65_HS1-834228961_62-HQ-83894_Section_3
Agency: FBI
Page 169
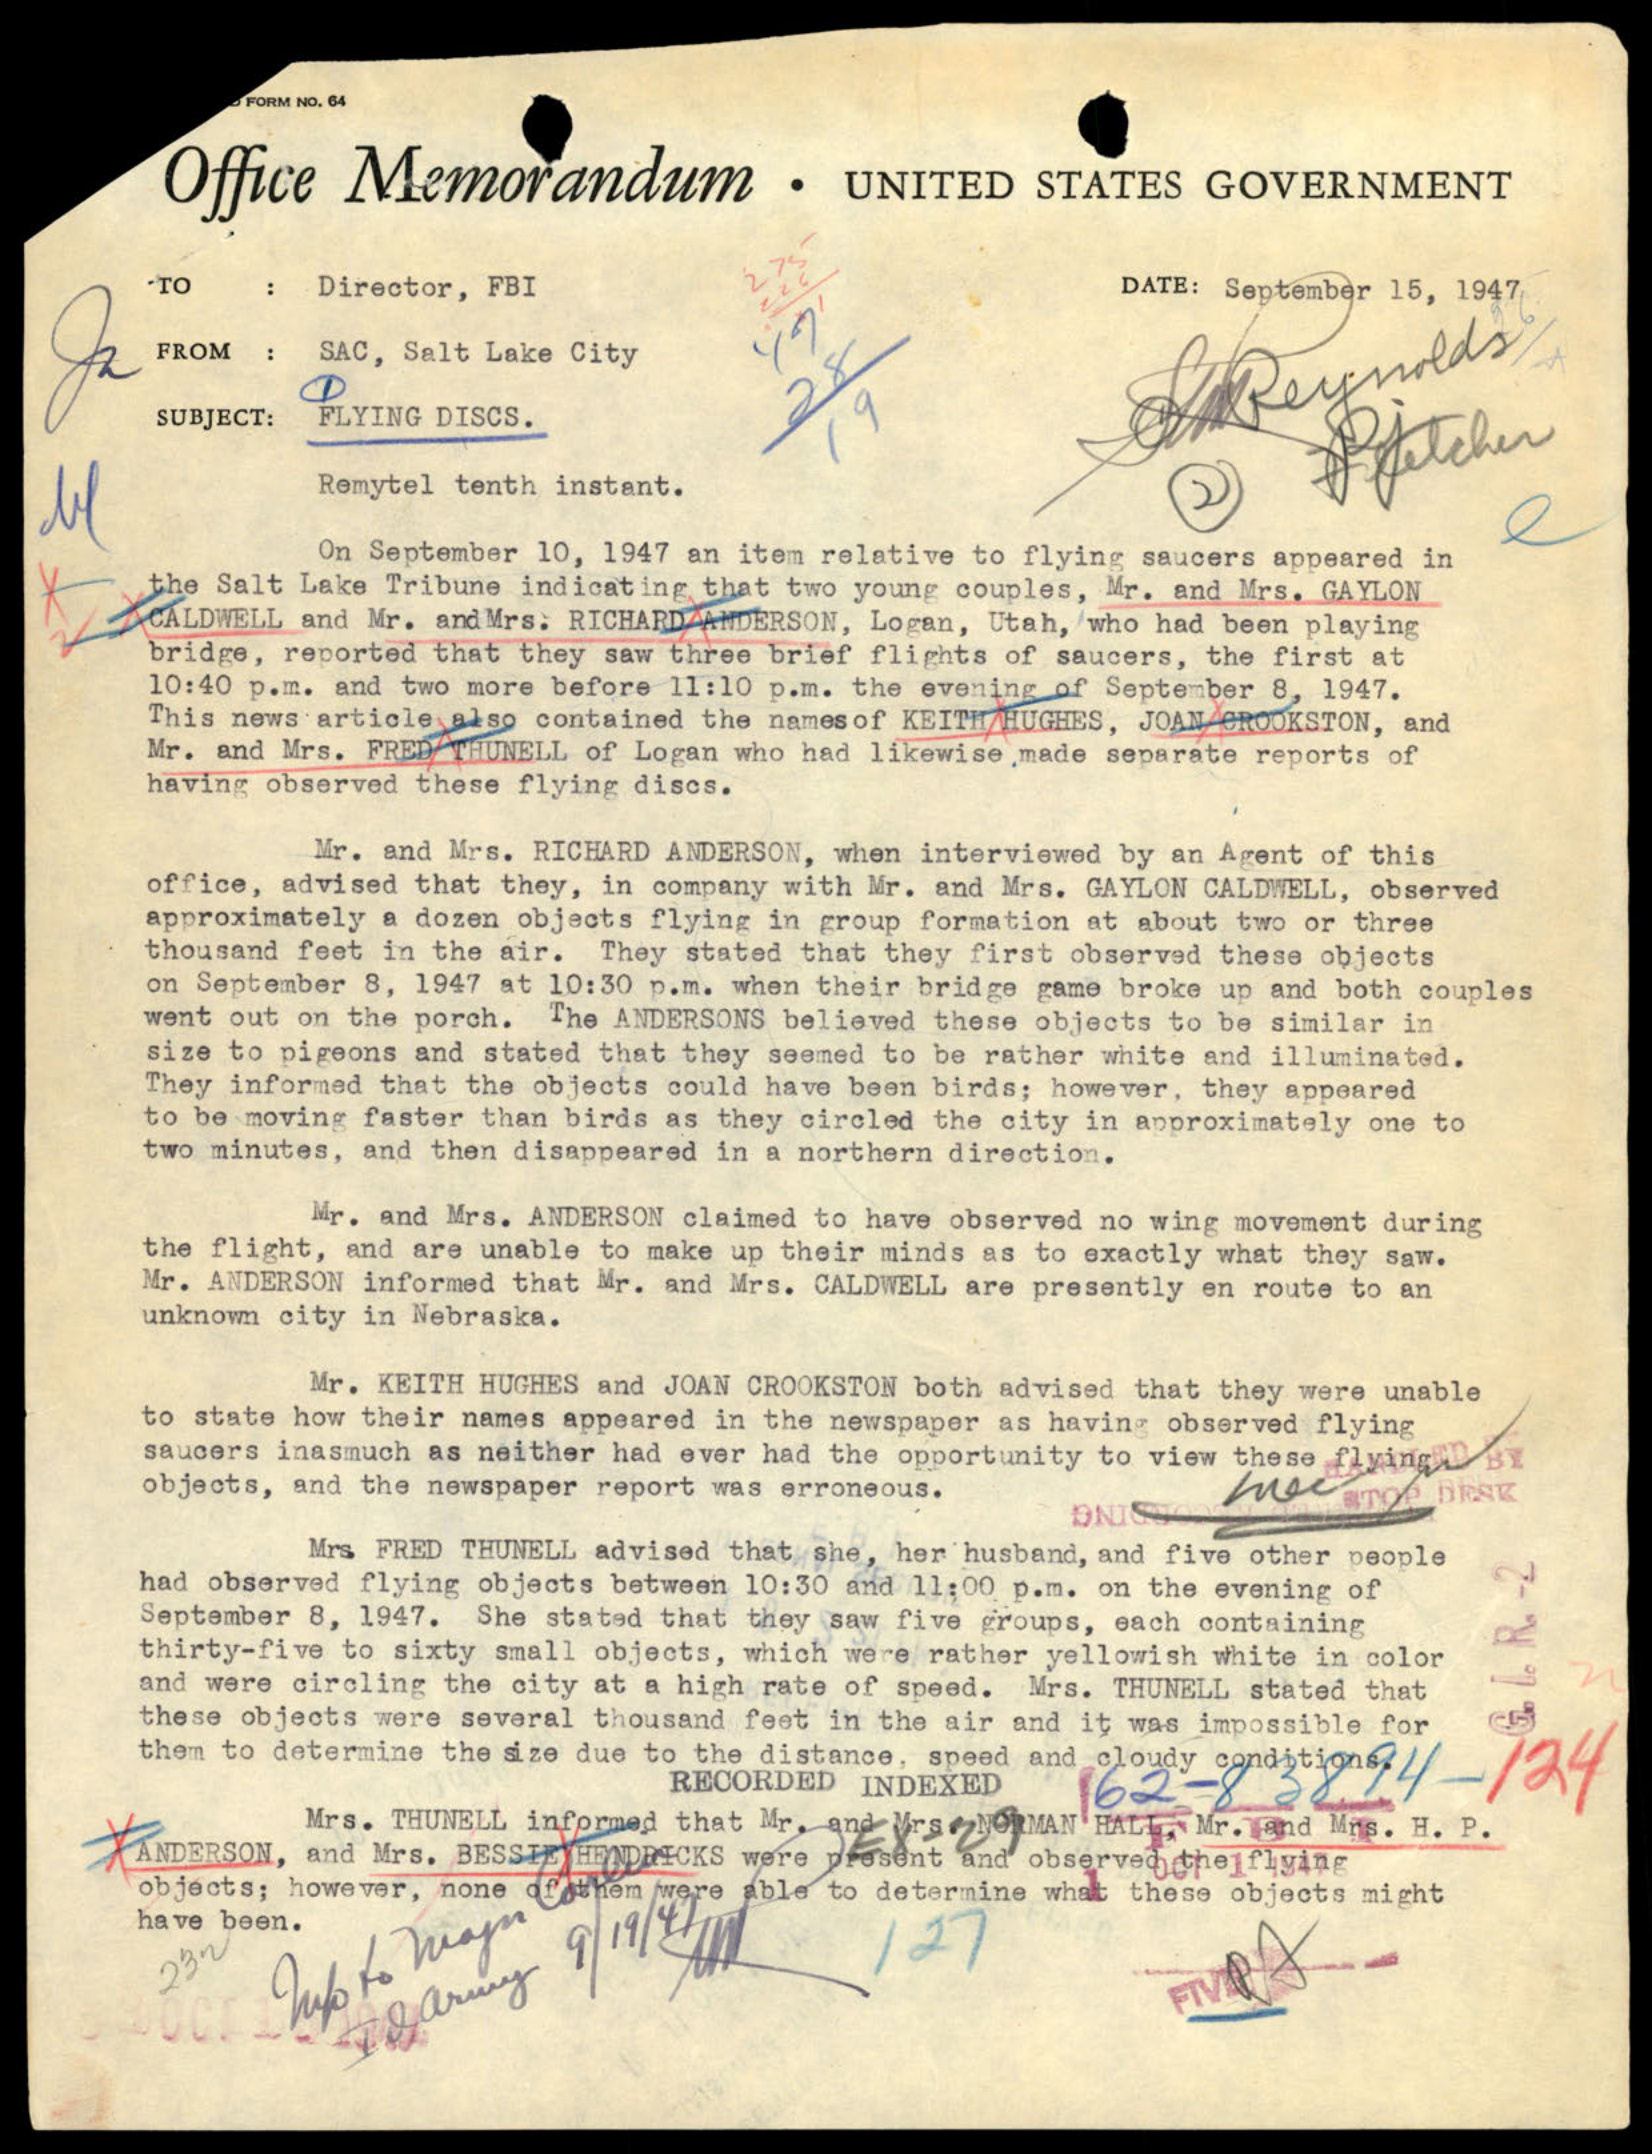